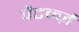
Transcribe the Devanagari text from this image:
पैटर्न्ज़